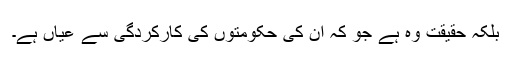
بلکہ حقیقت وہ ہے جو کہ ان کی حکومتوں کی کارکردگی سے عیاں ہے۔